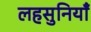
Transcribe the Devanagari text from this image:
लहसुनियाँ